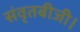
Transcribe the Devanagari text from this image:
संवृतबीजी।